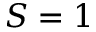
S = 1